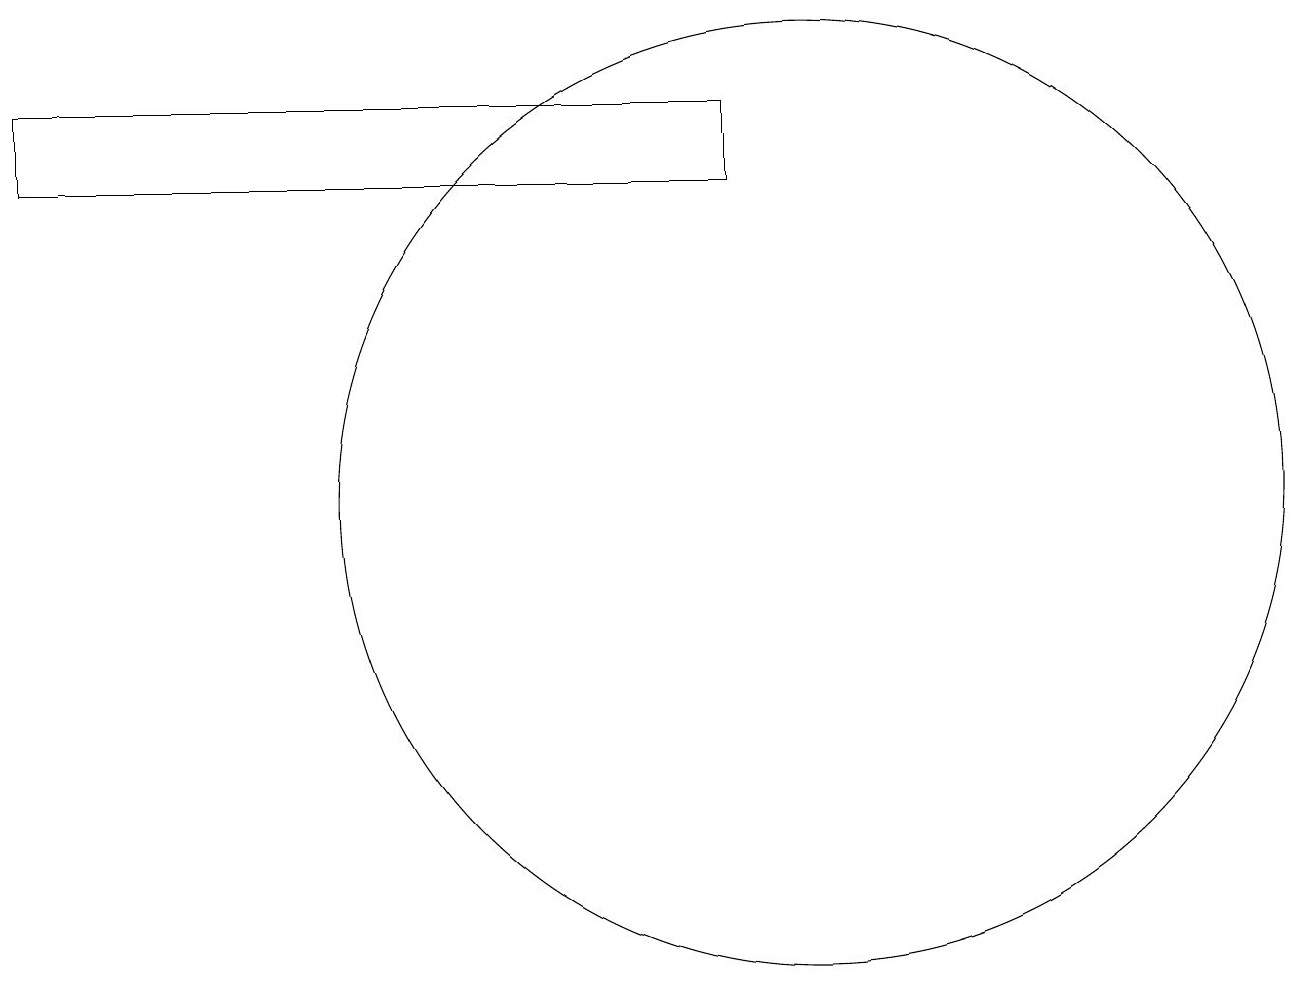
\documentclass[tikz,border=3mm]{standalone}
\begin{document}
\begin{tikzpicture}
\draw (10,10) circle (0);
\draw (0,16) rectangle (9,15);
\draw (10,11) circle (6);
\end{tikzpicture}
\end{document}